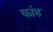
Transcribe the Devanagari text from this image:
कांह